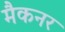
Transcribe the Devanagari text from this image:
मैकनर